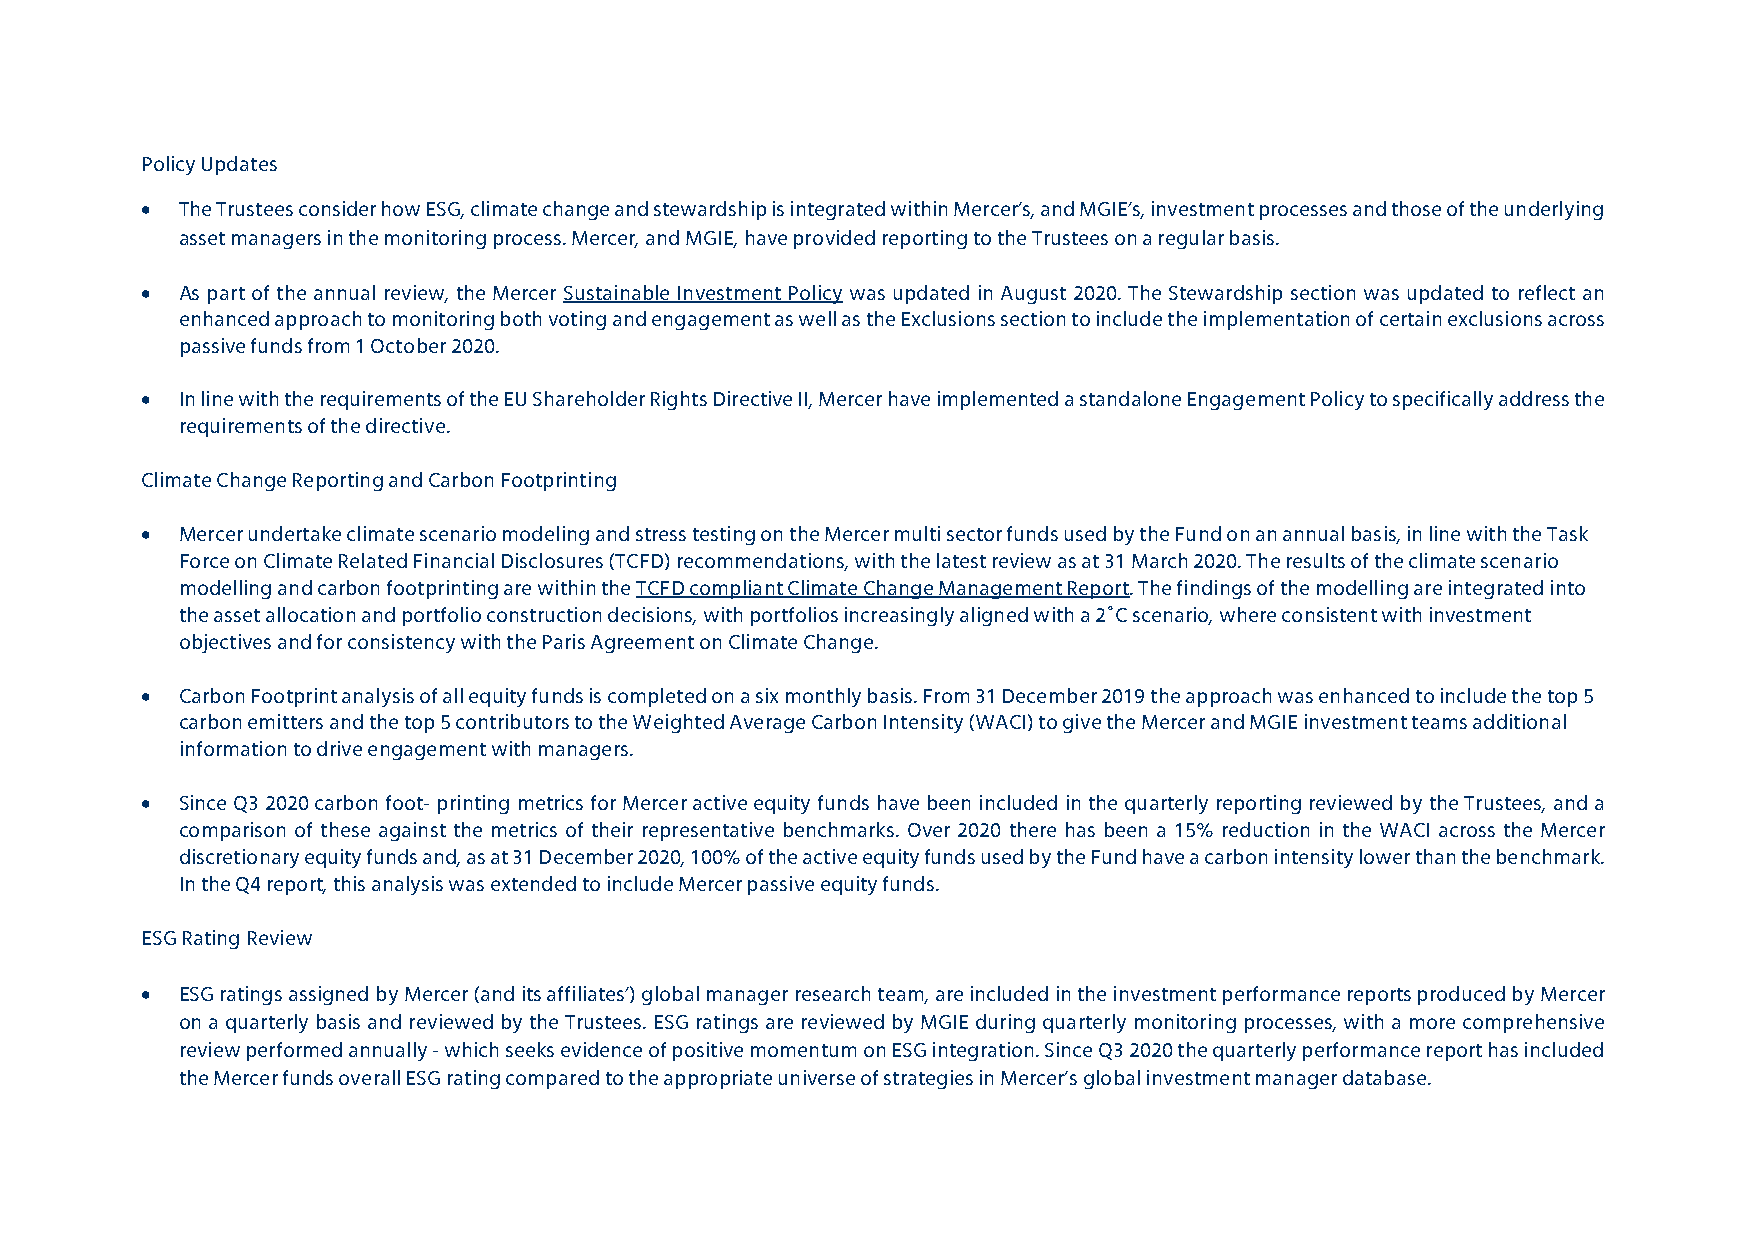
Policy Updates
   The Trustees consider how ESG, climate change and stewardship is integrated within Mercer’s, and MGIE’s, investment processes and those of the underlying
 asset managers in the monitoring process. Mercer, and MGIE, have provided reporting to the Trustees on a regular basis.
   As part of the annual review, the Mercer Sustainable Investment Policy was updated in August 2020. The Stewardship section was updated to reflect an
 enhanced approach to monitoring both voting and engagement as well as the Exclusions section to include the implementation of certain exclusions across
 passive funds from 1 October 2020.
   In line with the requirements of the EU Shareholder Rights Directive II, Mercer have implemented a standalone Engagement Policy to specifically address the
 requirements of the directive.
 Climate Change Reporting and Carbon Footprinting
   Mercer undertake climate scenario modeling and stress testing on the Mercer multi sector funds used by the Fund on an annual basis, in line with the Task
 Force on Climate Related Financial Disclosures (TCFD) recommendations, with the latest review as at 31 March 2020. The results of the climate scenario
 modelling and carbon footprinting are within the TCFD compliant Climate Change Management Report. The findings of the modelling are integrated into
 the asset allocation and portfolio construction decisions, with portfolios increasingly aligned with a 2˚C scenario, where consistent with investment
 objectives and for consistency with the Paris Agreement on Climate Change.
   Carbon Footprint analysis of all equity funds is completed on a six monthly basis. From 31 December 2019 the approach was enhanced to include the top 5
 carbon emitters and the top 5 contributors to the Weighted Average Carbon Intensity (WACI) to give the Mercer and MGIE investment teams additional
 information to drive engagement with managers.
   Since Q3 2020 carbon foot- printing metrics for Mercer active equity funds have been included in the quarterly reporting reviewed by the Trustees, and a
 comparison of these against the metrics of their representative benchmarks. Over 2020 there has been a 15% reduction in the WACI across the Mercer
 discretionary equity funds and, as at 31 December 2020, 100% of the active equity funds used by the Fund have a carbon intensity lower than the benchmark.
 In the Q4 report, this analysis was extended to include Mercer passive equity funds.
 ESG Rating Review
   ESG ratings assigned by Mercer (and its affiliates’) global manager research team, are included in the investment performance reports produced by Mercer
 on a quarterly basis and reviewed by the Trustees. ESG ratings are reviewed by MGIE during quarterly monitoring processes, with a more comprehensive
 review performed annually - which seeks evidence of positive momentum on ESG integration. Since Q3 2020 the quarterly performance report has included
 the Mercer funds overall ESG rating compared to the appropriate universe of strategies in Mercer’s global investment manager database.